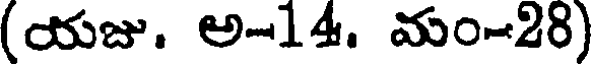
(యజు. అ-14. మం-28)